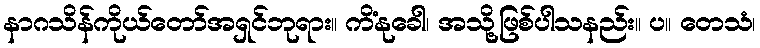
နာဂသိန်ကိုယ်တော်အရှင်ဘုရား။ ကိံနုခေါ၊ အသို့ဖြစ်ပါသနည်း။ ပ။ တေသံ၊